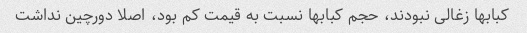
کبابها زغالی نبودند، حجم کبابها نسبت به قیمت کم بود، اصلا دورچین نداشت